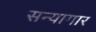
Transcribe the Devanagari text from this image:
सन्यागार